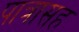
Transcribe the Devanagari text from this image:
पात्रासह